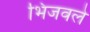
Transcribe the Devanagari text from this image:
भिजवले